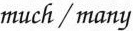
much/many